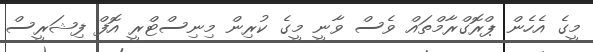
މީގެ އެހެން ޕްރޮގްރާމްތައް ވެސް ވާނީ މީގެ ކުރިން މިނިސްޓްރީ އޮފް ފިޝަރީސް